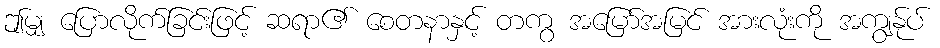
ဤမျှ ပြောလိုက်ခြင်းဖြင့် ဆရာ၏ စေတနာနှင့် တကွ အမြော်အမြင် အားလုံးကို အကျွန်ုပ်